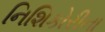
નિશિકોરીના